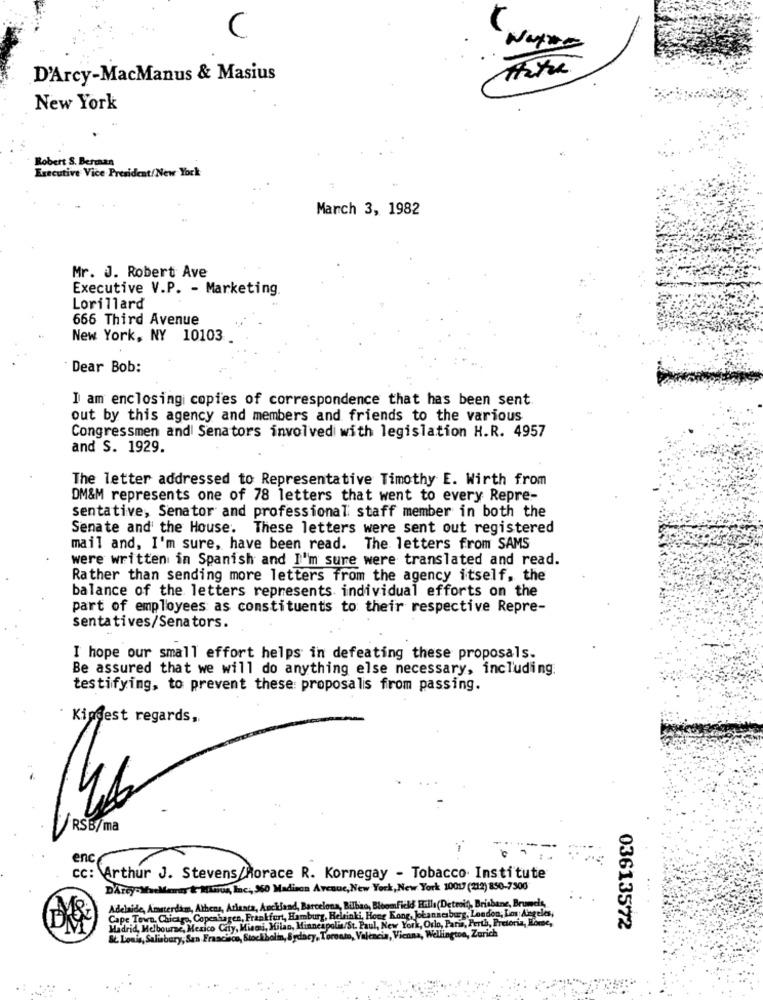
C
D'Arcy-MacManus & Masius
New York
Robert S. Bermaan
Executive Vice President/New York
March 3, 1982
Mr. J. Robert Ave
Executive V.P. - Marketing.
Lorillard
666 Third Avenue
New York, NY 10103
Dear Bob:
I am enclosing copies of correspondence that has been sent
out by this agency and members and friends to the various
Congressmen and Senators involved with legislation H.R. 4957
and S. 1929.
The letter addressed to Representative Timothy E. Wirth from
DM&M represents one of 78 letters that went to every Repre-
sentative, Senator and professional staff member in both the
Senate and the House. These letters were sent out registered
mail and, I'm sure, have been read. The letters from SAMS
were written in Spanish and I'm sure were translated and read.
Rather than sending more letters from the agency itself, the
balance of the letters represents individual efforts on the
part of employees as constituents to their respective Repre-
sentatives/Senators.
I hope our small effort helps in defeating these proposals.
Be assured that we will do anything else necessary, including.
testifying, to prevent these proposalis from passing.
Kindest regards,
RSB/ma
enc
cc: Arthur J. Stevens/Horace R. Kornegay - Tobacco Institute
DArcy-MaeMemay & Mrun, Inc .,, 960 Madison Avenue, New York, New York 10017 (212) 850-7500
Adelaide, Amsterdam, Athens, Arlanca, Auckland, Barcelona, Bilbao, Bloomfield Hills(Detroit, Brisbane, Brunchs
Madrid, Melbourne, Mexico City, Misci, Milan, Minneapolis/St. Paul, New York, Orlo, Paris, Perth, Pretoria, Forse,
Cape Town. Chicago, Copenhagen, Frankfurt, Hamburg, Helsinki, Hong Kong, Johannesburg, London, Los Angeles,
03613572
&L. Louis, Salisbury, San Francisco, Stockholin, Sydacy, Toronto, Valencia, Vienna, Wellington, Zurich